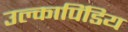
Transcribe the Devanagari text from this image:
उल्कापिंडिय